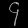
Digit: ၄